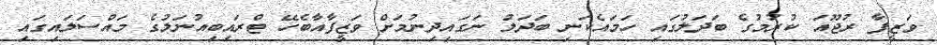
ވަޒީފާ ރުޖޫއަ ކުރުމުގެ ބަދަލުގައި ހަމައެކަނި ބަދަލު ނަގައިދިނުމަށް ވަޒީފާއާބެހޭ ޓްރައިބިއުނަލުގެ މައްސަލައިގައި